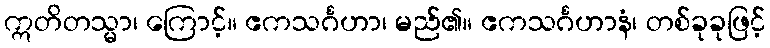
ဣတိတသ္မာ၊ ကြောင့်။ ဧကသင်္ဂဟာ၊ မည်၏။ ဧကသင်္ဂဟာနံ၊ တစ်ခုခုဖြင့်